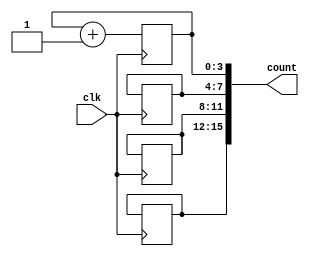
module CascadedCounter(
    input wire clk,
    output reg [15:0] count
);

reg [3:0] counter1;
reg [3:0] counter2;
reg [3:0] counter3;
reg [3:0] counter4;

always @(posedge clk) begin
   counter1 <= counter1 + 1;
   if(counter1 == 16) begin
      counter1 <= 0;
      counter2 <= counter2 + 1;
      if(counter2 == 16) begin
         counter2 <= 0;
         counter3 <= counter3 + 1;
         if(counter3 == 16) begin
            counter3 <= 0;
            counter4 <= counter4 + 1;
         end
      end
   end
end

assign count = {counter4, counter3, counter2, counter1};

endmodule